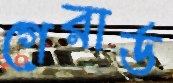
গেরার্ড